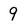
Character: 9